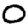
Digit: 0